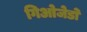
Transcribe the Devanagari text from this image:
गिओजेडो